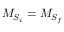
{ M } _ { { S } _ { i } } = { M } _ { { S } _ { f } }